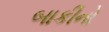
બાકીનો